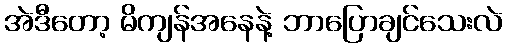
အဲဒီတော့ မိကျန်အနေနဲ့ ဘာပြောချင်သေးလဲ